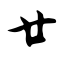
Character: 廿